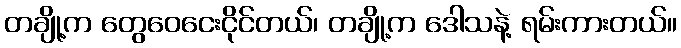
တချို့က တွေဝေငေးငိုင်တယ်၊ တချို့က ဒေါသနဲ့ ရမ်းကားတယ်။